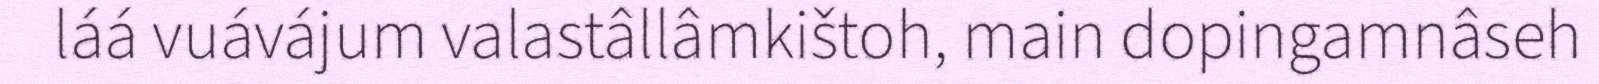
láá vuávájum valastâllâmkištoh, main dopingamnâseh